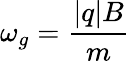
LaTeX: \omega_{g}={\frac{|q|B}{m}}